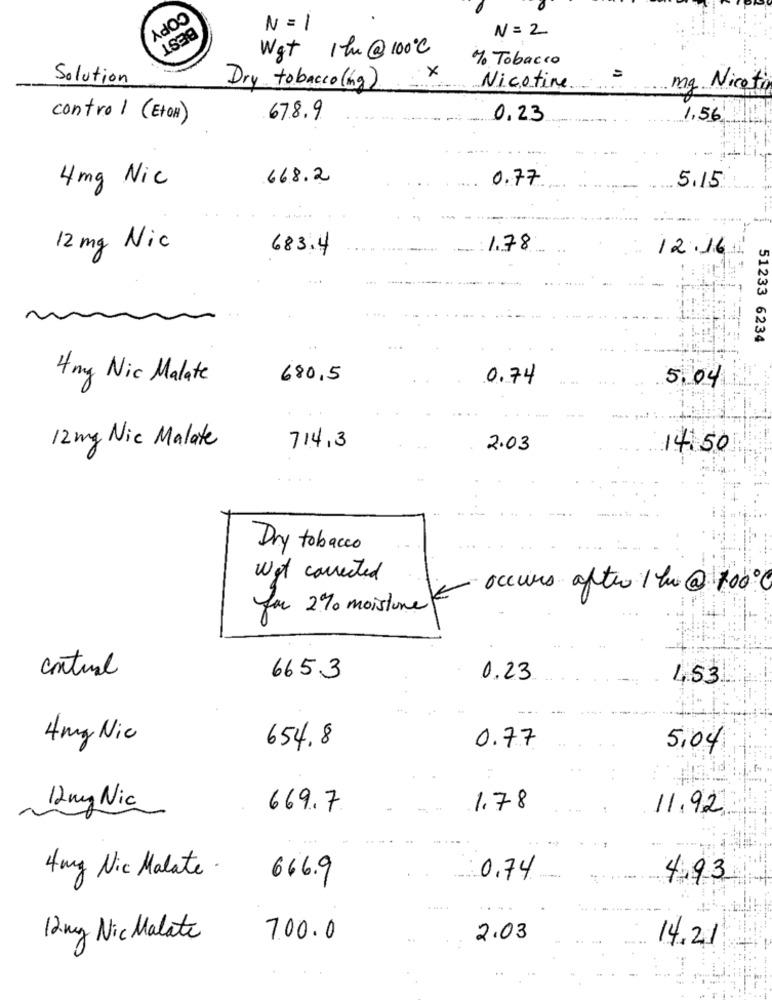
COPY
N= 1
N= 2
BEST
Wgt 1lu @ 100℃
% Tobacco
x
Solution
Dry tobacco(ing).
Nicotine
mg. Niceti
control (EtOH)
67.8.9
0.23
1,56'
4 mg Nic
668.2
0.77
5.15
12 mg Nic
683.4
1.78
12.16
51233 6234
4mg Nic Malate
680,5
0.74
5.04
12 mg Nic Malate
714,3
2.03
14.50
Dry tobacco
Wat corrected
occurs after the @ 100.C
for 2% moistone -
central
6653
0.23
4.53
4mg Nic
0.77
654.8
5,04
12 mg Nic
669.7
1,78
11.92
4mg Nic Malate.
666.9
0.74
4.93
12 mg Nic Malate
7.00.0
2.03
14.21